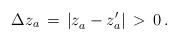
LaTeX: \begin{align*}\Delta z_a \,=\, \left|z_a^{} - z_a'\right|\,>\, 0\,.\end{align*}